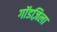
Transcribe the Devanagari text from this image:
गॉडज़िला